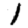
Digit: 1